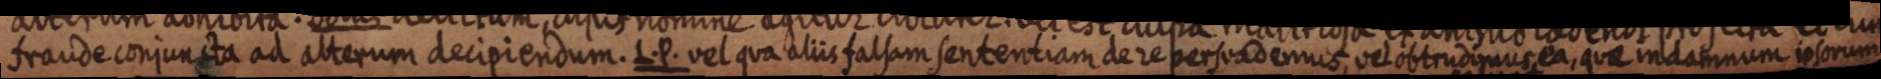
fraude conjuncta ad alterum decipiendum. L. P. vel qua aliis falsam sententiam de re persuademus vel obtrudimus ea, que indamnum ipsorum